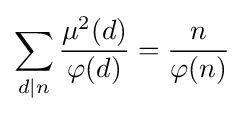
\sum _{d\mid n}{\frac {\mu ^{2}(d)}{\varphi (d)}}={\frac {n}{\varphi (n)}}